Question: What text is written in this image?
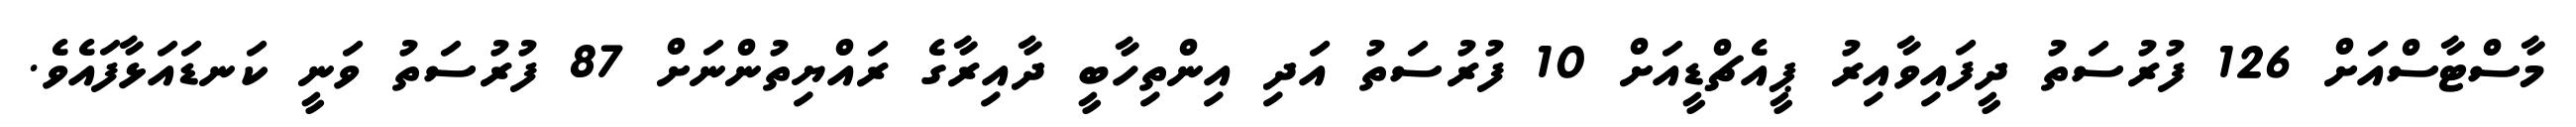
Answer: މާސްޓާސްއަށް 126 ފުރުސަތު ދީފައިވާއިރު ޕީއެޗްޑީއަށް 10 ފުރުސަތު އަދި އިންތިހާބީ ދާއިރާގެ ރައްޔިތުންނަށް 87 ފުރުސަތު ވަނީ ކަނޑައަޅާފައެވެ.